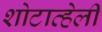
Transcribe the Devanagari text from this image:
शोटाव्हेली